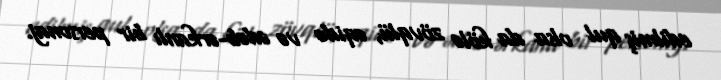
edilmiş qul olsa da kölə zövqlü, əqidə və ədəb-ərkanlı bir personaj.